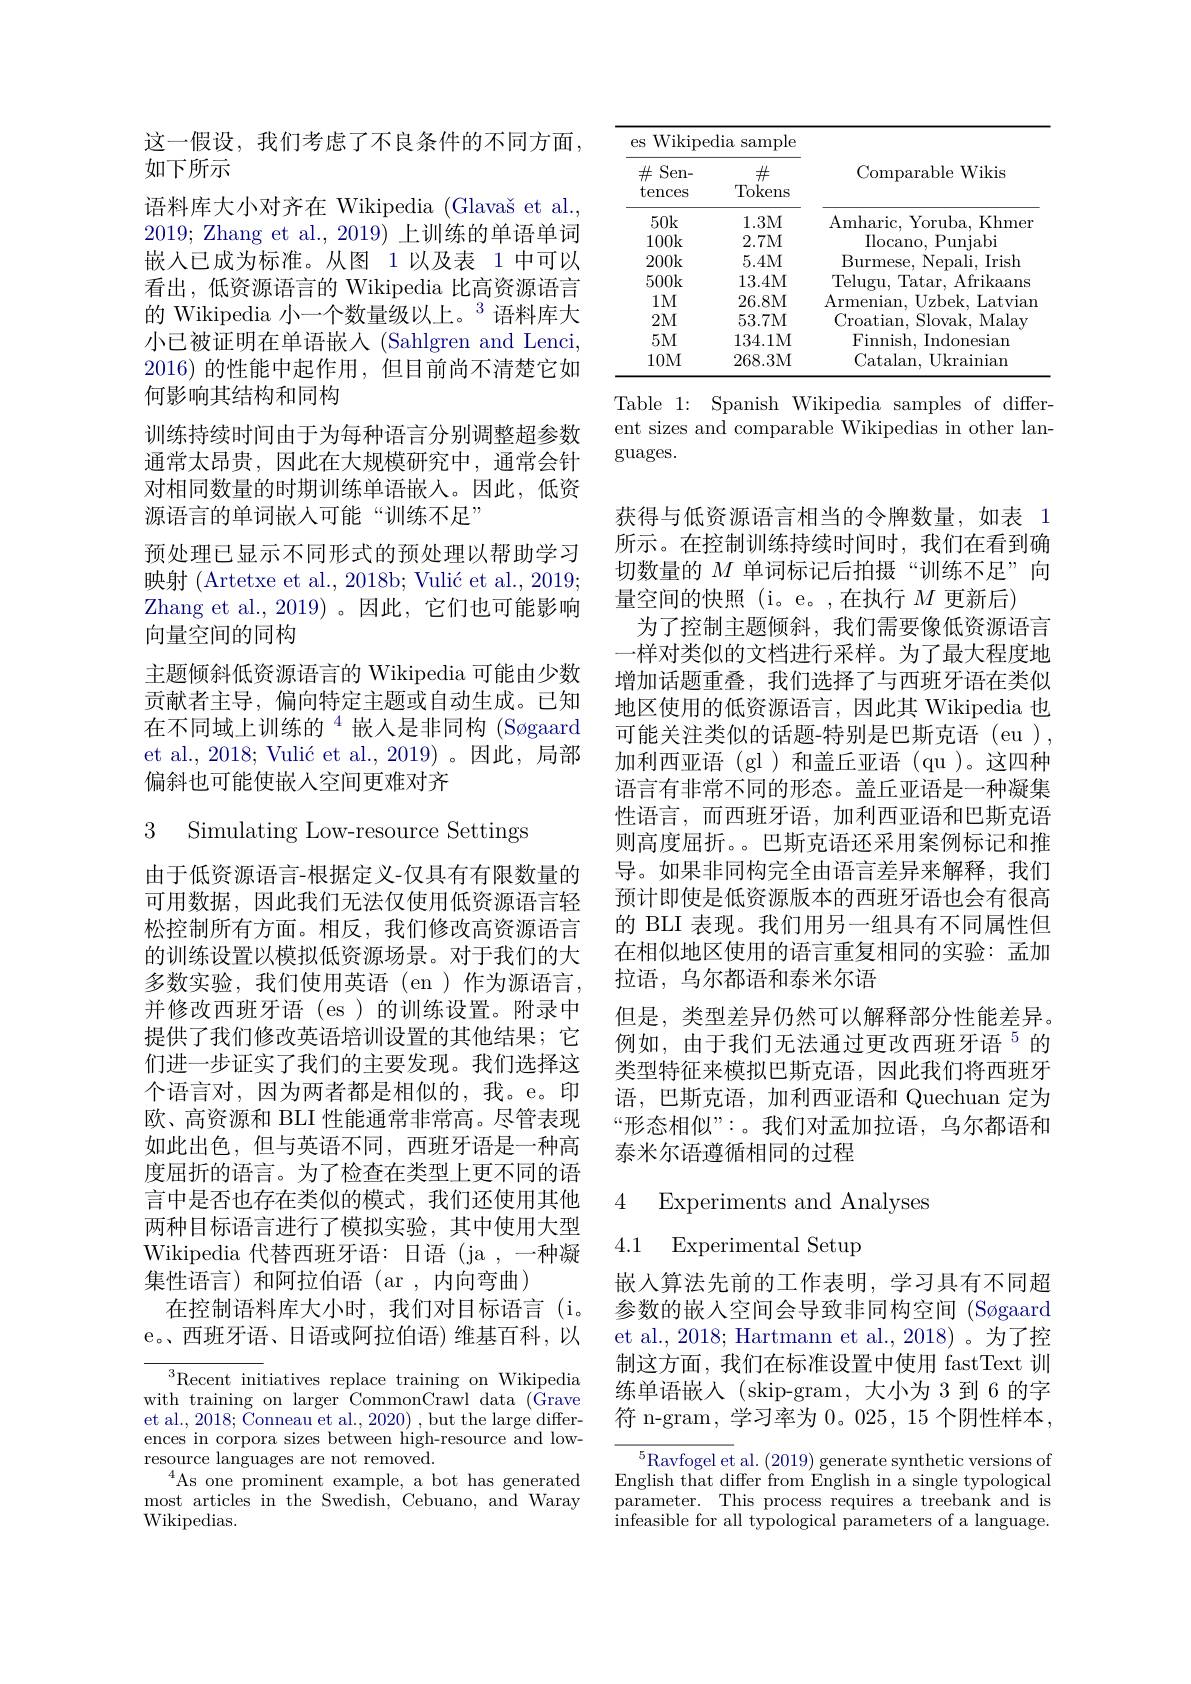
这一假设，我们考虑了不良条件的不同方面，
如下所示
语料库大小对齐在 Wikipedia (Glavaš et al., 2019; Zhang et al., 2019) 上训练的单语单词嵌入已成为标准。从图 1 以及表 1 中可以看出，低资源语言的 Wikipedia 比高资源语言的 Wikipedia 小一个数量级以上。$^{3}$语料库大小已被证明在单语嵌入(Sahlgren and Lenci, 2016)的性能中起作用，但目前尚不清楚它如何影响其结构和同构
训练持续时间由于为每种语言分别调整超参数通常太昂贵，因此在大规模研究中，通常会针对相同数量的时期训练单语嵌入。因此，低资源语言的单词嵌入可能“训练不足”
预处理已显示不同形式的预处理以帮助学习映射 (Artetxe et al., 2018b; Vulić et al., 2019; Zhang et al.,2019)。因此，它们也可能影响向量空间的同构
主题倾斜低资源语言的 Wikipedia 可能由少数贡献者主导，偏向特定主题或自动生成。已知在不同域上训练的$^{4}$嵌入是非同构(Søgaard et al., 2018; Vulić et al., 2019)。因此，局部偏斜也可能使嵌入空间更难对齐

3 Simulating Low-resource Settings

由于低资源语言-根据定义-仅具有有限数量的可用数据，因此我们无法仅使用低资源语言轻松控制所有方面。相反，我们修改高资源语言的训练设置以模拟低资源场景。对于我们的大多数实验，我们使用英语(en)作为源语言， 并修改西班牙语 (es )的训练设置。附录中提供了我们修改英语培训设置的其他结果；它们进一步证实了我们的主要发现。我们选择这个语言对，因为两者都是相似的，我。e。印欧、高资源和 BLI 性能通常非常高。尽管表现如此出色，但与英语不同，西班牙语是一种高度屈折的语言。为了检查在类型上更不同的语言中是否也存在类似的模式，我们还使用其他两种目标语言进行了模拟实验，其中使用大型Wikipedia 代替西班牙语：日语 (ja ,一种凝集性语言)和阿拉伯语(ar,内向弯曲)
在控制语料库大小时，我们对目标语言(i。e。西班牙语、日语或阿拉伯语)维基百科，以

${\overline{{^3}\text{Recent ini}}}$tiatives replace training on Wikipedia with training on larger CommonCrawl data (Grave et al., 2018; Čonneau et al., 2020) , but the large differences in corpora sizes between high-resource and lowresource languages are not removed.
$^{4}$As one prominent example, a bot has generated most articles in the Swedish, Cebuano, and Waray Wikipedias.

<table>
	<tbody>
		<tr>
			<th colspan="2">$eS$ s Wikipedia sample</th>
			<th> </th>
		</tr>
		<tr>
			<th>$\#$Sen- tences</th>
			<th>$\#$ $\operatorname{Tokens}$</th>
			<th>Comparable Wikis</th>
		</tr>
		<tr>
			<td>$50k$</td>
			<td>1.3M</td>
			<td>Amharic. Yoruba, Khmer</td>
		</tr>
		<tr>
			<td>100k</td>
			<td>2.7M</td>
			<td>Ilocano, Punjabi</td>
		</tr>
		<tr>
			<td>200k</td>
			<td>5.4M</td>
			<td>Burmese, Nepali, Irish</td>
		</tr>
		<tr>
			<td>500k</td>
			<td>13.4M</td>
			<td>Telugu, Tatar, Afrikaans </td>
		</tr>
		<tr>
			<td>$1M$</td>
			<td>26.8M</td>
			<td>Armenian, Uzbek, Latvian</td>
		</tr>
		<tr>
			<td>2M</td>
			<td>53.7M</td>
			<td>Croatian, Slovak, Malay</td>
		</tr>
		<tr>
			<td>$5M$</td>
			<td>134.1M</td>
			<td>Finnish, Indonesian</td>
		</tr>
		<tr>
			<td>10M</td>
			<td>268.3M</td>
			<td>Catalan, Ukrainian </td>
		</tr>
	</tbody>
</table>

Table 1: Spanish Wikipedia samples of different sizes and comparable Wikipedias in other languages.

获得与低资源语言相当的令牌数量，如表 1所示。在控制训练持续时间时，我们在看到确切数量的$M$单词标记后拍摄“训练不足”向量空间的快照 (i。e。,在执行$M$更新后)
为了控制主题倾斜，我们需要像低资源语言一样对类似的文档进行采样。为了最大程度地增加话题重叠，我们选择了与西班牙语在类似地区使用的低资源语言，因此其 Wikipedia 也可能关注类似的话题-特别是巴斯克语(eu), 加利西亚语(gl)和盖丘亚语(qu)。这四种语言有非常不同的形态。盖丘亚语是一种凝集性语言，而西班牙语，加利西亚语和巴斯克语则高度屈折。。巴斯克语还采用案例标记和推导。如果非同构完全由语言差异来解释，我们预计即使是低资源版本的西班牙语也会有很高的 BLI 表现。我们用另一组具有不同属性但在相似地区使用的语言重复相同的实验：孟加拉语，乌尔都语和泰米尔语
但是，类型差异仍然可以解释部分性能差异。例如，由于我们无法通过更改西班牙语$^{5}$的类型特征来模拟巴斯克语，因此我们将西班牙语，巴斯克语，加利西亚语和 Quechuan 定为“形态相似”:。我们对孟加拉语，乌尔都语和泰米尔语遵循相同的过程

4 Experiments and Analyses
# 4.1 Experimental Setup

嵌入算法先前的工作表明，学习具有不同超参数的嵌入空间会导致非同构空间 (Søgaard et al., 2018; Hartmann et al., 2018) 。为了控制这方面，我们在标准设置中使用 fastText 训练单语嵌人 (skip-gram, 大小为 3 到 6 的字符 n-gram, 学习率为 0。025, 15 个阴性样本，

$^5$Ravfogel et al. (2019) generate synthetic versions of English that differ from English in a single typological parameter. This process requires a treebank and is infeasible for all typological parameters of a language.